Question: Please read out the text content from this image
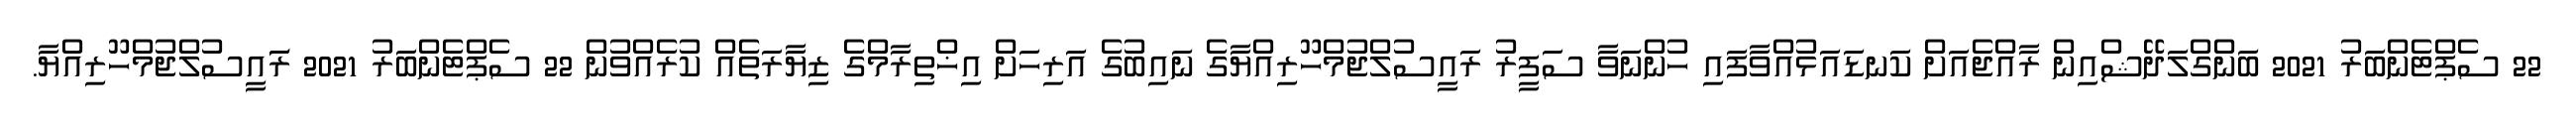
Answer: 22 ސެޕްޓެންބަރު 2021 ބަންގްލަދޭޝްއިން ރާއްޖެއަށް ކަނޑައަޅުއްވާފައި ހުންނަވާ ސަފީރު ރައީސުލްޖުމްހޫރިއްޔާގެ ނައިބުގެ އަރިހަށް އިޚްތިރާމްގެ ޒިޔާރަތެއް ކުރެއްވުން 22 ސެޕްޓެންބަރު 2021 ރަަައީސުލްޖުމްހޫރިއްޔާ.